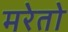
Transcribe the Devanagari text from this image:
मरेतो